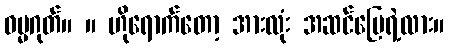
ဓမ္မဂုတ်။ ။ ဟိုရောက်တော့ အားလုံး အဆင်ပြေရဲ့လား။